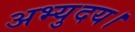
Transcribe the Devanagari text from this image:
अभ्युदय।